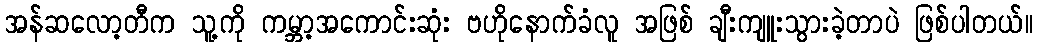
အန်ဆလော့တီက သူ့ကို ကမ္ဘာ့အကောင်းဆုံး ဗဟိုနောက်ခံလူ အဖြစ် ချီးကျူးသွားခဲ့တာပဲ ဖြစ်ပါတယ်။